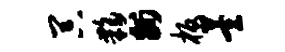
器夥州板萱